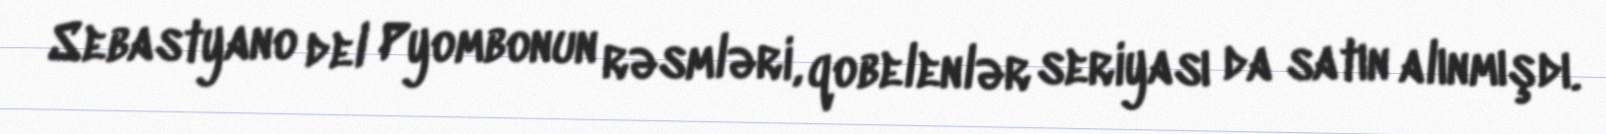
Sebastyano del Pyombonun rəsmləri, qobelenlər seriyası da satın alınmışdı.